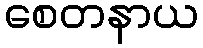
စေတနာယ